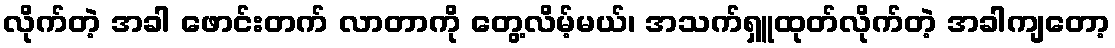
လိုက်တဲ့ အခါ ဖောင်းတက် လာတာကို တွေ့လိမ့်မယ်၊ အသက်ရှူထုတ်လိုက်တဲ့ အခါကျတော့